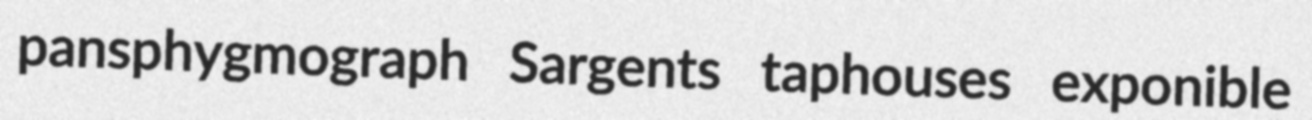
pansphygmograph Sargents taphouses exponible